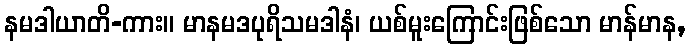
နမဒါယာတိ-ကား။ မာနမဒပုရိသမဒါနံ၊ ယစ်မူးကြောင်းဖြစ်သော မာန်မာန,